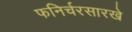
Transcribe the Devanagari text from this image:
फनिर्चरसारखे